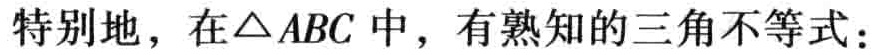
特别地，在$\triangle ABC$中，有熟知的三角不等式：